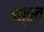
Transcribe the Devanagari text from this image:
जा्स्त